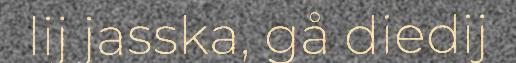
lij jasska, gå diedij